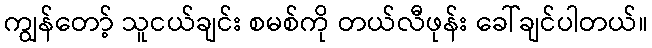
ကျွန်တော့် သူငယ်ချင်း စမစ်ကို တယ်လီဖုန်း ခေါ်ချင်ပါတယ်။